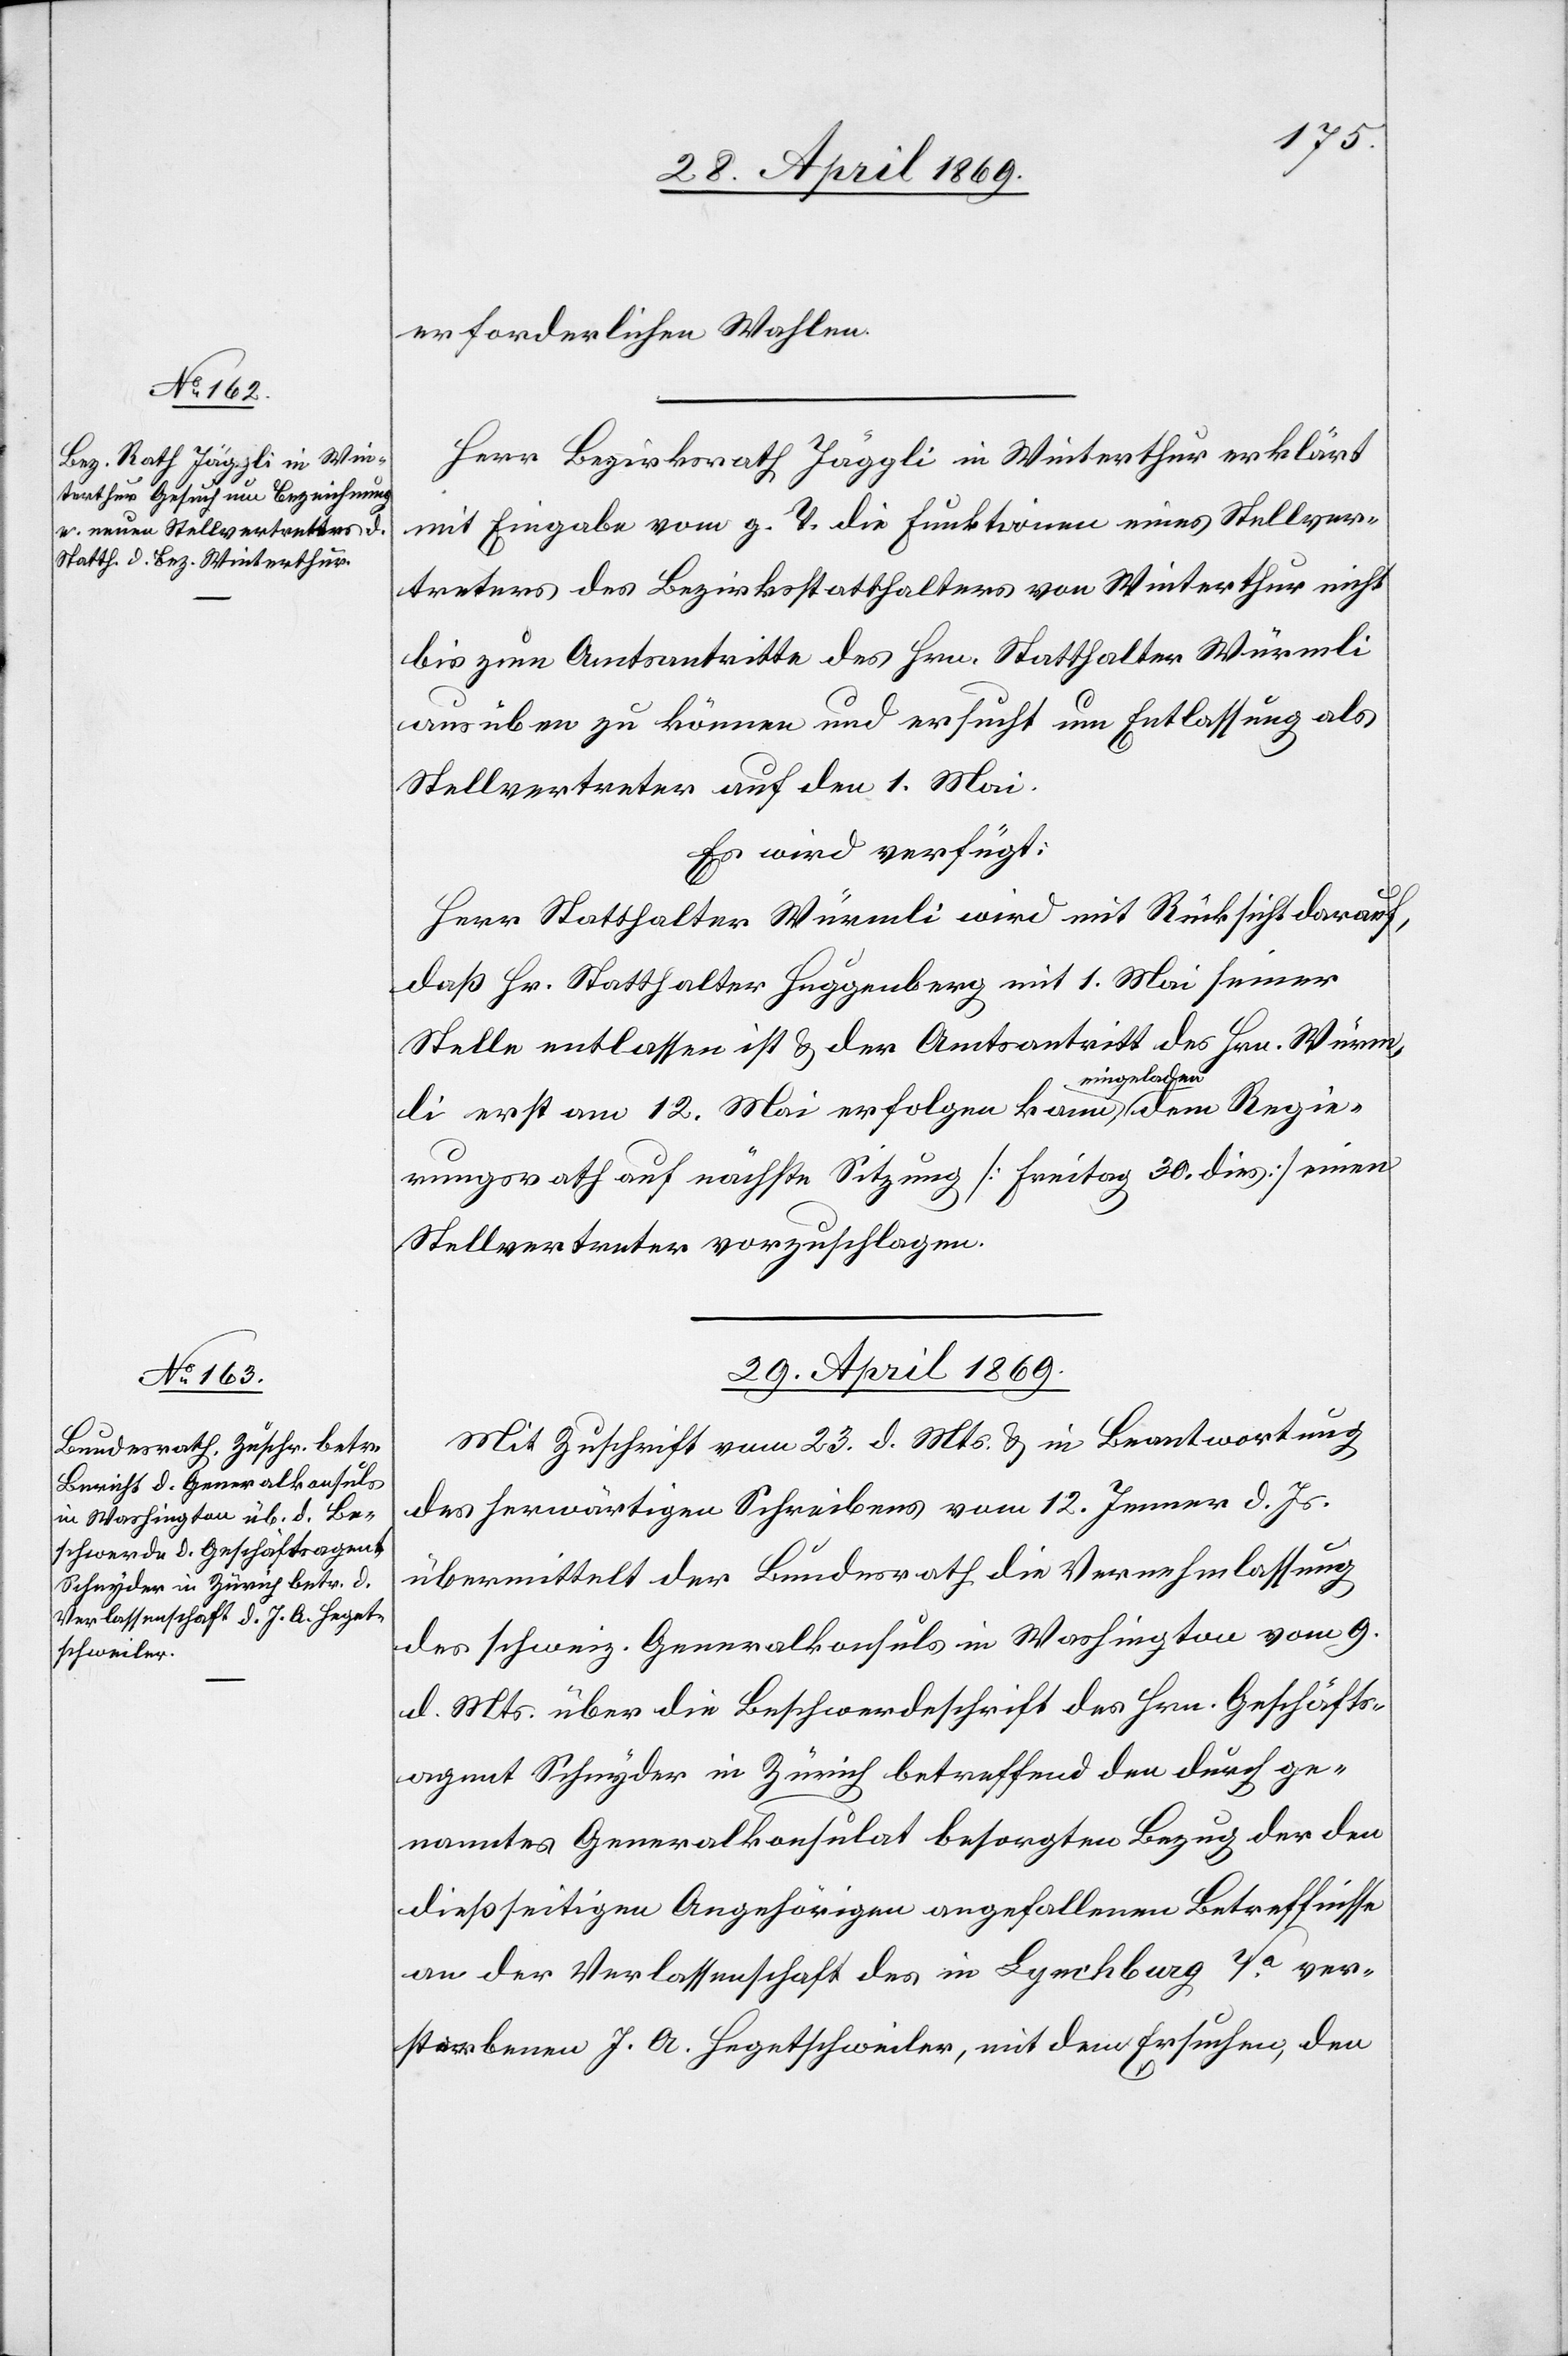
28. April 1869.]
erforderlichen Wahlen.
Herr Bezirksrath Jäggli in Winterthur erklärt
mit Eingabe vom g. T. die Funktionen eines Stellver¬
treters des Bezirksstatthalters von Winterthur nicht
bis zum Amtsantritte des Hrn. Statthalter Würmli
ausüben zu können und ersucht um Entlassung als
Stellvertreter auf den 1. Mai.
Es wird verfügt:
Herr Statthalter Würmli wird mit Rücksicht darauf,
daß Hr. Statthalter Huggenberg mit 1. Mai seiner
Stelle entlassen ist u. der Amtsantritt des Hrn. Würm¬
li erst am 12. Mai erfolgen kann eingeladen dem Regie¬
rungsrath auf nächste Sitzung [Freitag 30. dies] einen
Stellvertreter vorzuschlagen.
29 April 1869.
Mit Zuschrift vom 23. d. Mts. u. in Beantwortung
des herwärtigen Schreibens vom 12. Jenner d. Js.
übermittelt der Bundesrath die Vernehmlassung
des schweiz. Generalkonsuls in Washington vom 9.
d. Mts. über die Beschwerdeschrift des Hrn. Geschäfts¬
agent Schnyder in Zürich betreffend den durch ge¬
nanntes Generalkonsulat besorgten Bezug der den
dießseitigen Angehörigen angefallenen Betreffnisse
an der Verlassenschaft des in Lynchburg Va. Ver¬
storbenen J. A. Hegetschweiler, mit dem Ersuchen, den